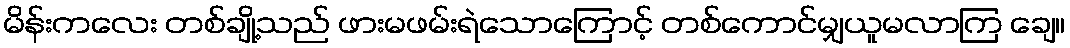
မိန်းကလေး တစ်ချို့သည် ဖားမဖမ်းရဲသောကြောင့် တစ်ကောင်မျှယူမလာကြ ချေ။